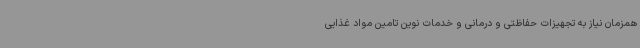
همزمان نیاز به تجهیزات حفاظتی و درمانی و خدمات نوین تامین مواد غذایی